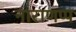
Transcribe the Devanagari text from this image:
नाराणप्प